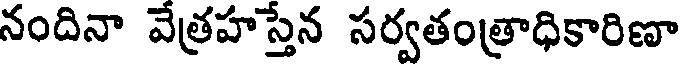
నందినా వేత్రహస్తేన సర్వతంత్రాధికారిణా